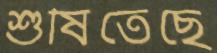
শুষিতেছে